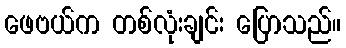
ဖေဗယ်က တစ်လုံးချင်း ပြောသည်။